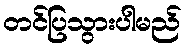
တင်ပြသွားပါမည်